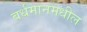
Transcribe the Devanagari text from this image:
बर्धमानमधील